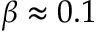
\beta \approx 0 . 1